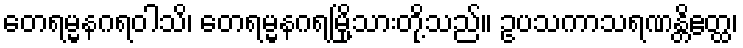
တေရမ္မနဂရဝါသိ၊ တေရမ္မနဂရမြို့သားတို့သည်။ ဥပသကာသရဏန္တိဧတ္ထ၊